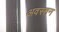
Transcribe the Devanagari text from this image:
अवस्तन